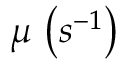
\mu \, \left( s ^ { - 1 } \right)